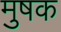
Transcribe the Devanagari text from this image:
मुषक